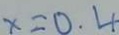
x = 0 . 4